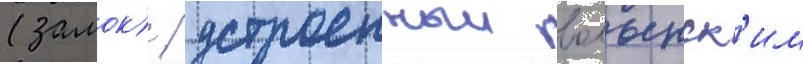
(замок) / устроенныи волынск'им